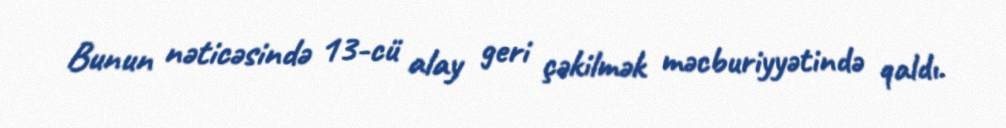
Bunun nəticəsində 13-cü alay geri çəkilmək məcburiyyətində qaldı.